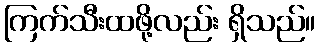
ကြက်သီးထဖို့လည်း ရှိသည်။